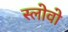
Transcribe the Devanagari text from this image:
स्लोवो